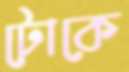
টোকে